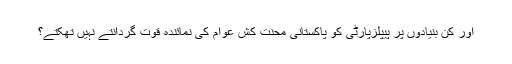
اور کن بنیادوں پر پیپلزپارٹی کو پاکستانی محنت کش عوام کی نمائندہ قوت گردانتے نہیں تهکتے؟